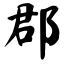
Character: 郡